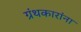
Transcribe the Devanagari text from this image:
ग्रंथकारांना